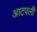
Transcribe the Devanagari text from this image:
आटपली